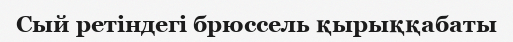
Сый ретіндегі брюссель қырыққабаты